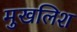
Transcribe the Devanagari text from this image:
मुखलिश